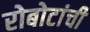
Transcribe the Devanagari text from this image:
रोबोटांची